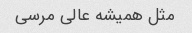
مثل همیشه عالی مرسی